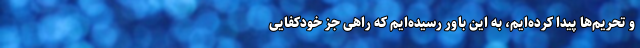
و تحریم‌ها پیدا کرده‌ایم، به این باور رسیده‌ایم که راهی جز خودکفایی